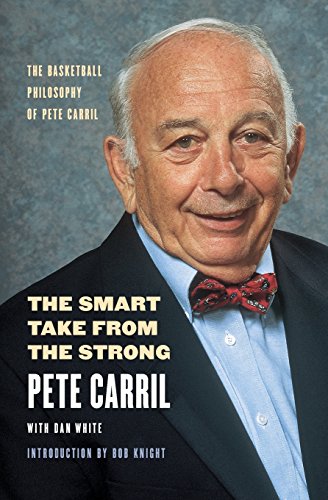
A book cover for The Smart Take from the Strong: The Basketball Philosophy of Pete Carril; Pete Carril; Biographies & Memoirs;